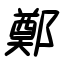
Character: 鄭